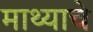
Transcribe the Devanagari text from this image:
माथ्याचे